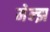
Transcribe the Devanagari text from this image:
मेन्झ